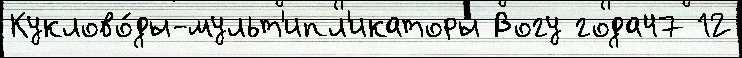
Куклово́ды-мульт'ипл'икаторы Вогу года47 12